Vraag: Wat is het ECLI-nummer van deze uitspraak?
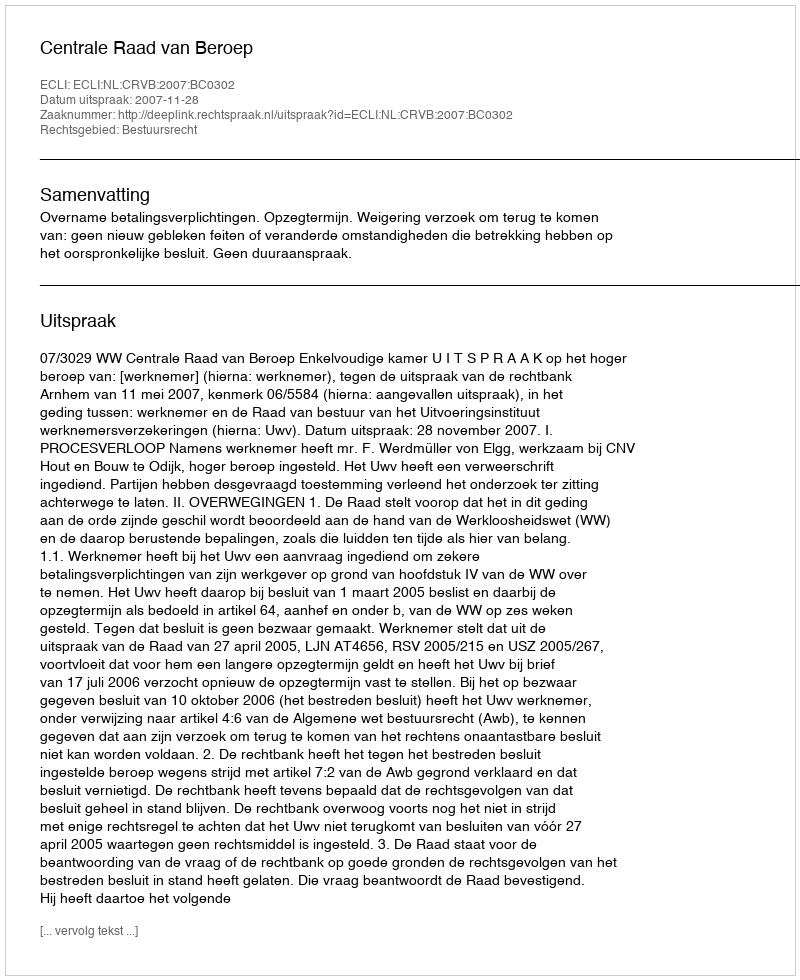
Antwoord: ECLI:NL:CRVB:2007:BC0302